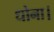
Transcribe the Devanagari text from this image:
धोना।